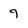
Character: 9